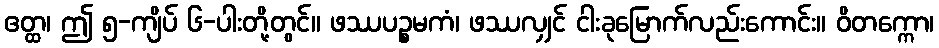
ဧတ္ထ၊ ဤ ၅-ကျိပ် ၆-ပါးတို့တွင်။ ဖဿပဉ္စမကံ၊ ဖဿလျှင် ငါးခုမြောက်လည်းကောင်း။ ဝိတက္ကော၊